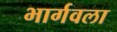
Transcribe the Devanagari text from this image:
भार्गवला